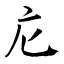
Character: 庀